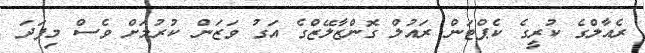
ރެއާލްގެ ކުރީގެ ކެޕްޓަން ރައުލް ގޮންޒާލޭޒްގެ އަގު ވަޒަން ކުރުމަށް ވެސް މިފަދަ